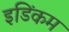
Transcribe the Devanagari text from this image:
इडिंकम